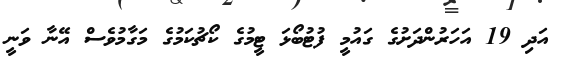
އަދި 19 އަހަރުންދަށުގެ ގައުމީ ފުޓުބޯޅަ ޓީމުގެ ކޯޗުކަމުގެ މަގާމުވެސް އޭނާ ވަނީ